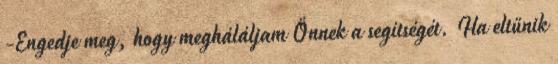
-Engedje meg, hogy megháláljam Önnek a segítségét. Ha eltűnik